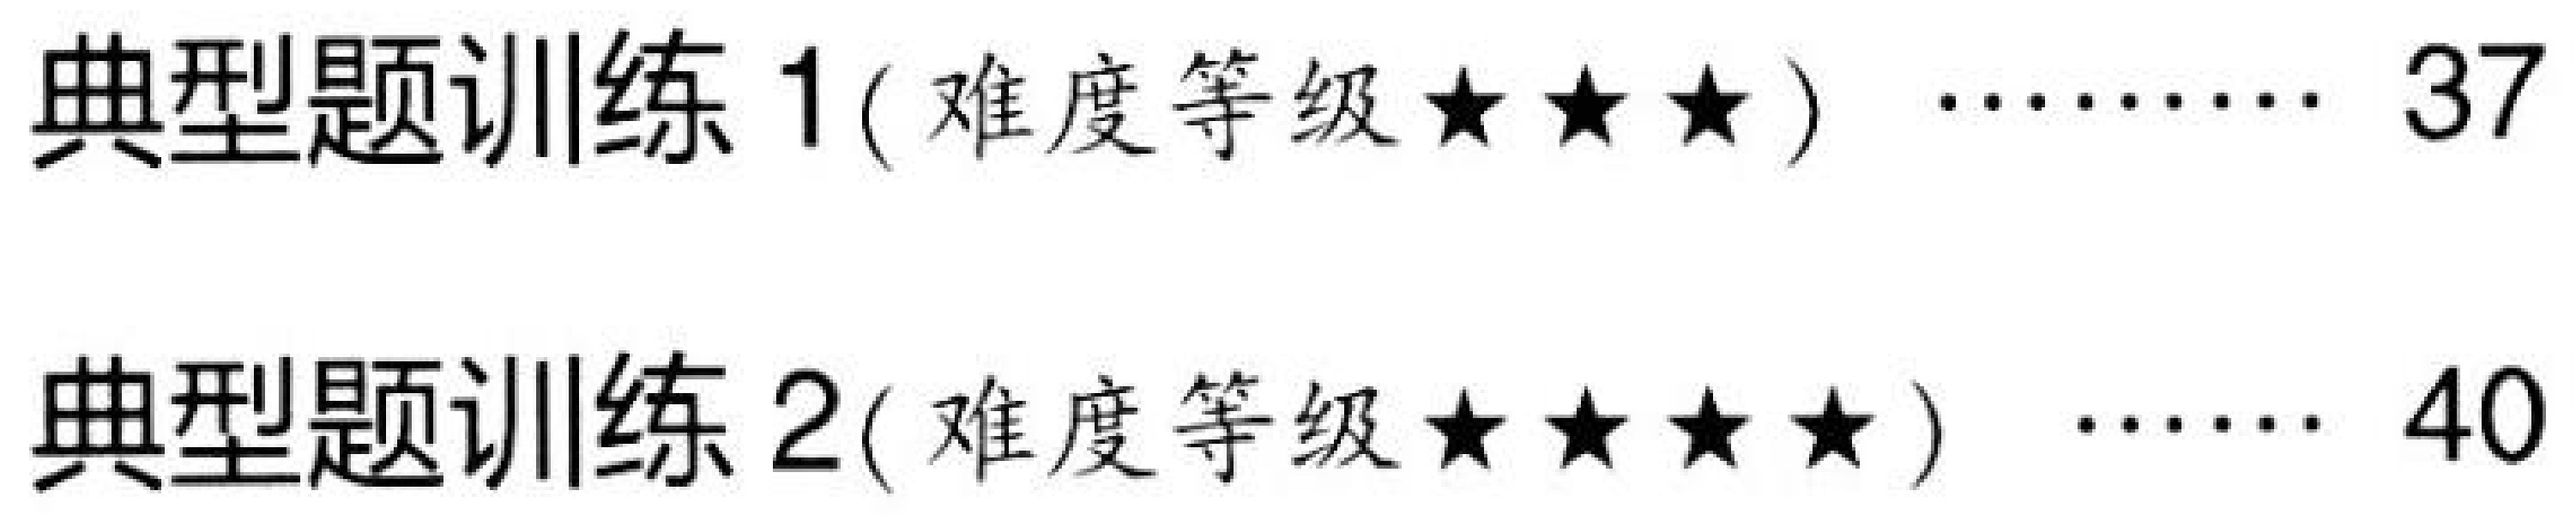
典型题训练 1( 难度等级$\star\star\star$ ) \quad\cdots\cdots\quad 37\\
典型题训练 2( 难度等级$\star\star\star\star$ ) \quad\cdots\cdots\quad 40